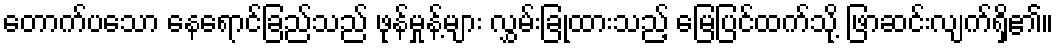
တောက်ပသော နေရောင်ခြည်သည် ဖုန်မှုန့်များ လွှမ်းခြုံထားသည့် မြေပြင်ထက်သို့ ဖြာဆင်းလျက်ရှိ၏။